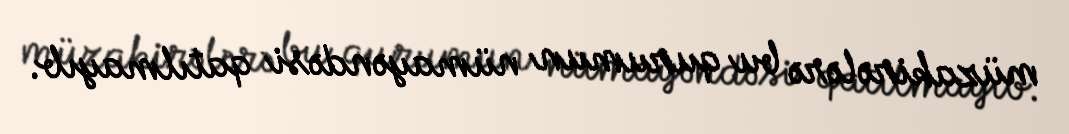
müzakirələrə bu qurumun nümayəndəsi qatılmayıb.